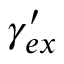
\gamma _ { e x } ^ { \prime }